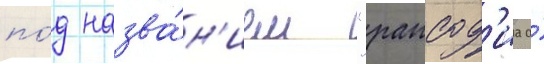
по́д назва́н'ием "рапсод'иа о́